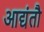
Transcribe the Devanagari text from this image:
आद्यंतौ